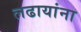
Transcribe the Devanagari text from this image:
लढायांना